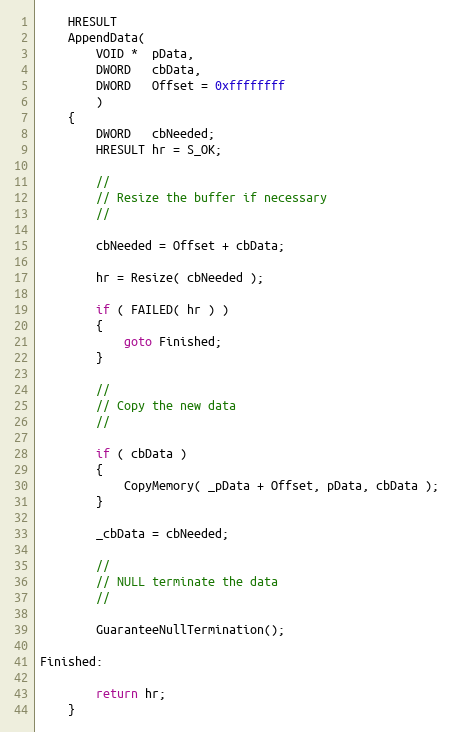
Language: C
    HRESULT
    AppendData(
        VOID *  pData,
        DWORD   cbData,
        DWORD   Offset = 0xffffffff
        )
    {
        DWORD   cbNeeded;
        HRESULT hr = S_OK;

        //
        // Resize the buffer if necessary
        //

        cbNeeded = Offset + cbData;

        hr = Resize( cbNeeded );

        if ( FAILED( hr ) )
        {
            goto Finished;
        }

        //
        // Copy the new data
        //

        if ( cbData )
        {
            CopyMemory( _pData + Offset, pData, cbData );
        }

        _cbData = cbNeeded;

        //
        // NULL terminate the data
        //

        GuaranteeNullTermination();

Finished:

        return hr;
    }